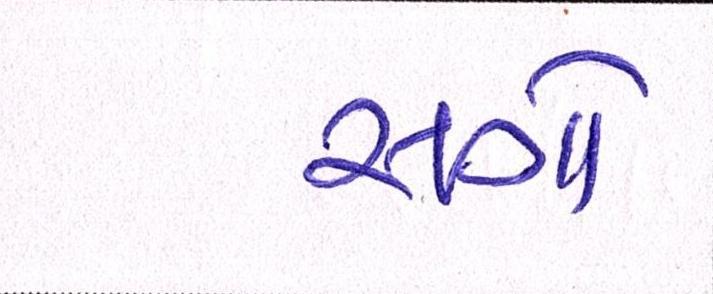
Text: સગો